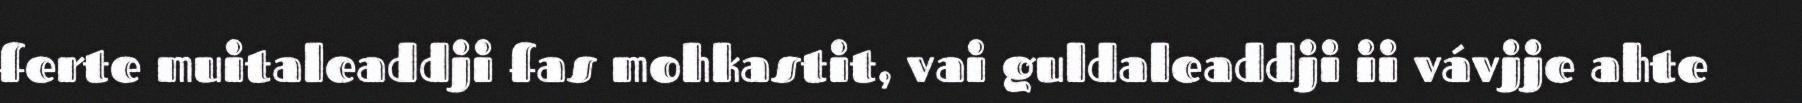
ferte muitaleaddji fas mohkastit, vai guldaleaddji ii vávjje ahte